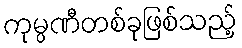
ကုမ္ပဏီတစ်ခုဖြစ်သည့်